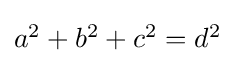
{\textstyle a^{2}+b^{2}+c^{2}=d^{2}}